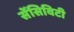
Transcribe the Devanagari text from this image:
सेंसिविटी